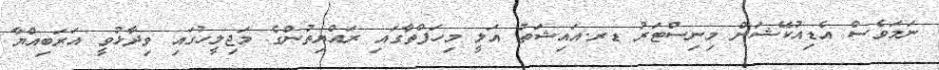
ނަމަވެސް އެޑިއުކޭޝަން މިނިސްޓަރު ޑރ.އައިޝަތު އަލީ މިހަފްތާގައި ރައްޔިތުންގެ މަޖިލީހުގައި ވިދާޅުވީ އަރަބިއްޔާ